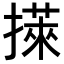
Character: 𢵭